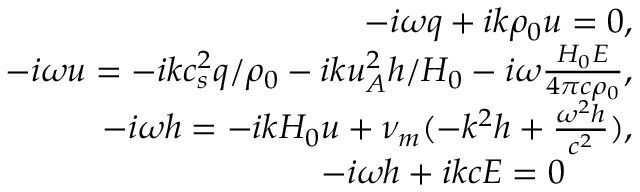
\begin{array} { r } { - i \omega q + i k \rho _ { 0 } u = 0 , } \\ { - i \omega u = - i k c _ { s } ^ { 2 } q / \rho _ { 0 } - i k u _ { A } ^ { 2 } h / H _ { 0 } - i \omega \frac { H _ { 0 } E } { 4 \pi c \rho _ { 0 } } , } \\ { - i \omega h = - i k H _ { 0 } u + \nu _ { m } ( - k ^ { 2 } h + \frac { \omega ^ { 2 } h } { c ^ { 2 } } ) , } \\ { - i \omega h + i k c E = 0 \qquad } \end{array}